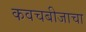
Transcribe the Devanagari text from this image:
कवचबीजाचा